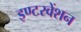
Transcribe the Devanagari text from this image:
इण्टरवेंशन